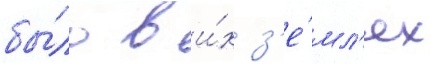
бы́ло в и́х з'е́мл'ях